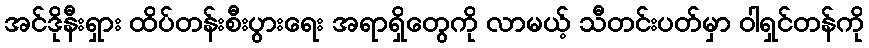
အင်ဒိုနီးရှား ထိပ်တန်းစီးပွားရေး အရာရှိတွေကို လာမယ့် သီတင်းပတ်မှာ ဝါရှင်တန်ကို